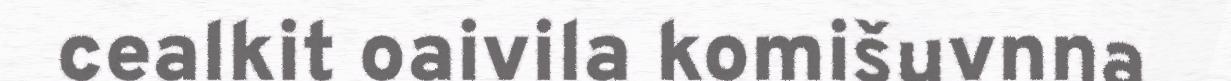
cealkit oaivila komišuvnna